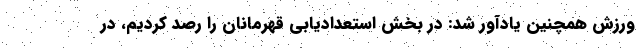
ورزش همچنین یادآور شد: در بخش استعدادیابی قهرمانان را رصد کردیم، در